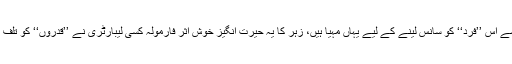
وہ زہرآلود فضائیں جودو صدی سے اِس ’’فرد‘‘ کو سانس لینے کے لیے یہاں مہیا ہیں، زہر کا یہ حیرت انگیز خوش اثر فارمولہ کسی لیبارٹری نے ’’قدروں‘‘ کو تلف کرنے کے لیے ہی ایجاد کیا ہے!